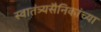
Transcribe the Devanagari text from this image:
स्वातंत्र्यसैनिकांच्या